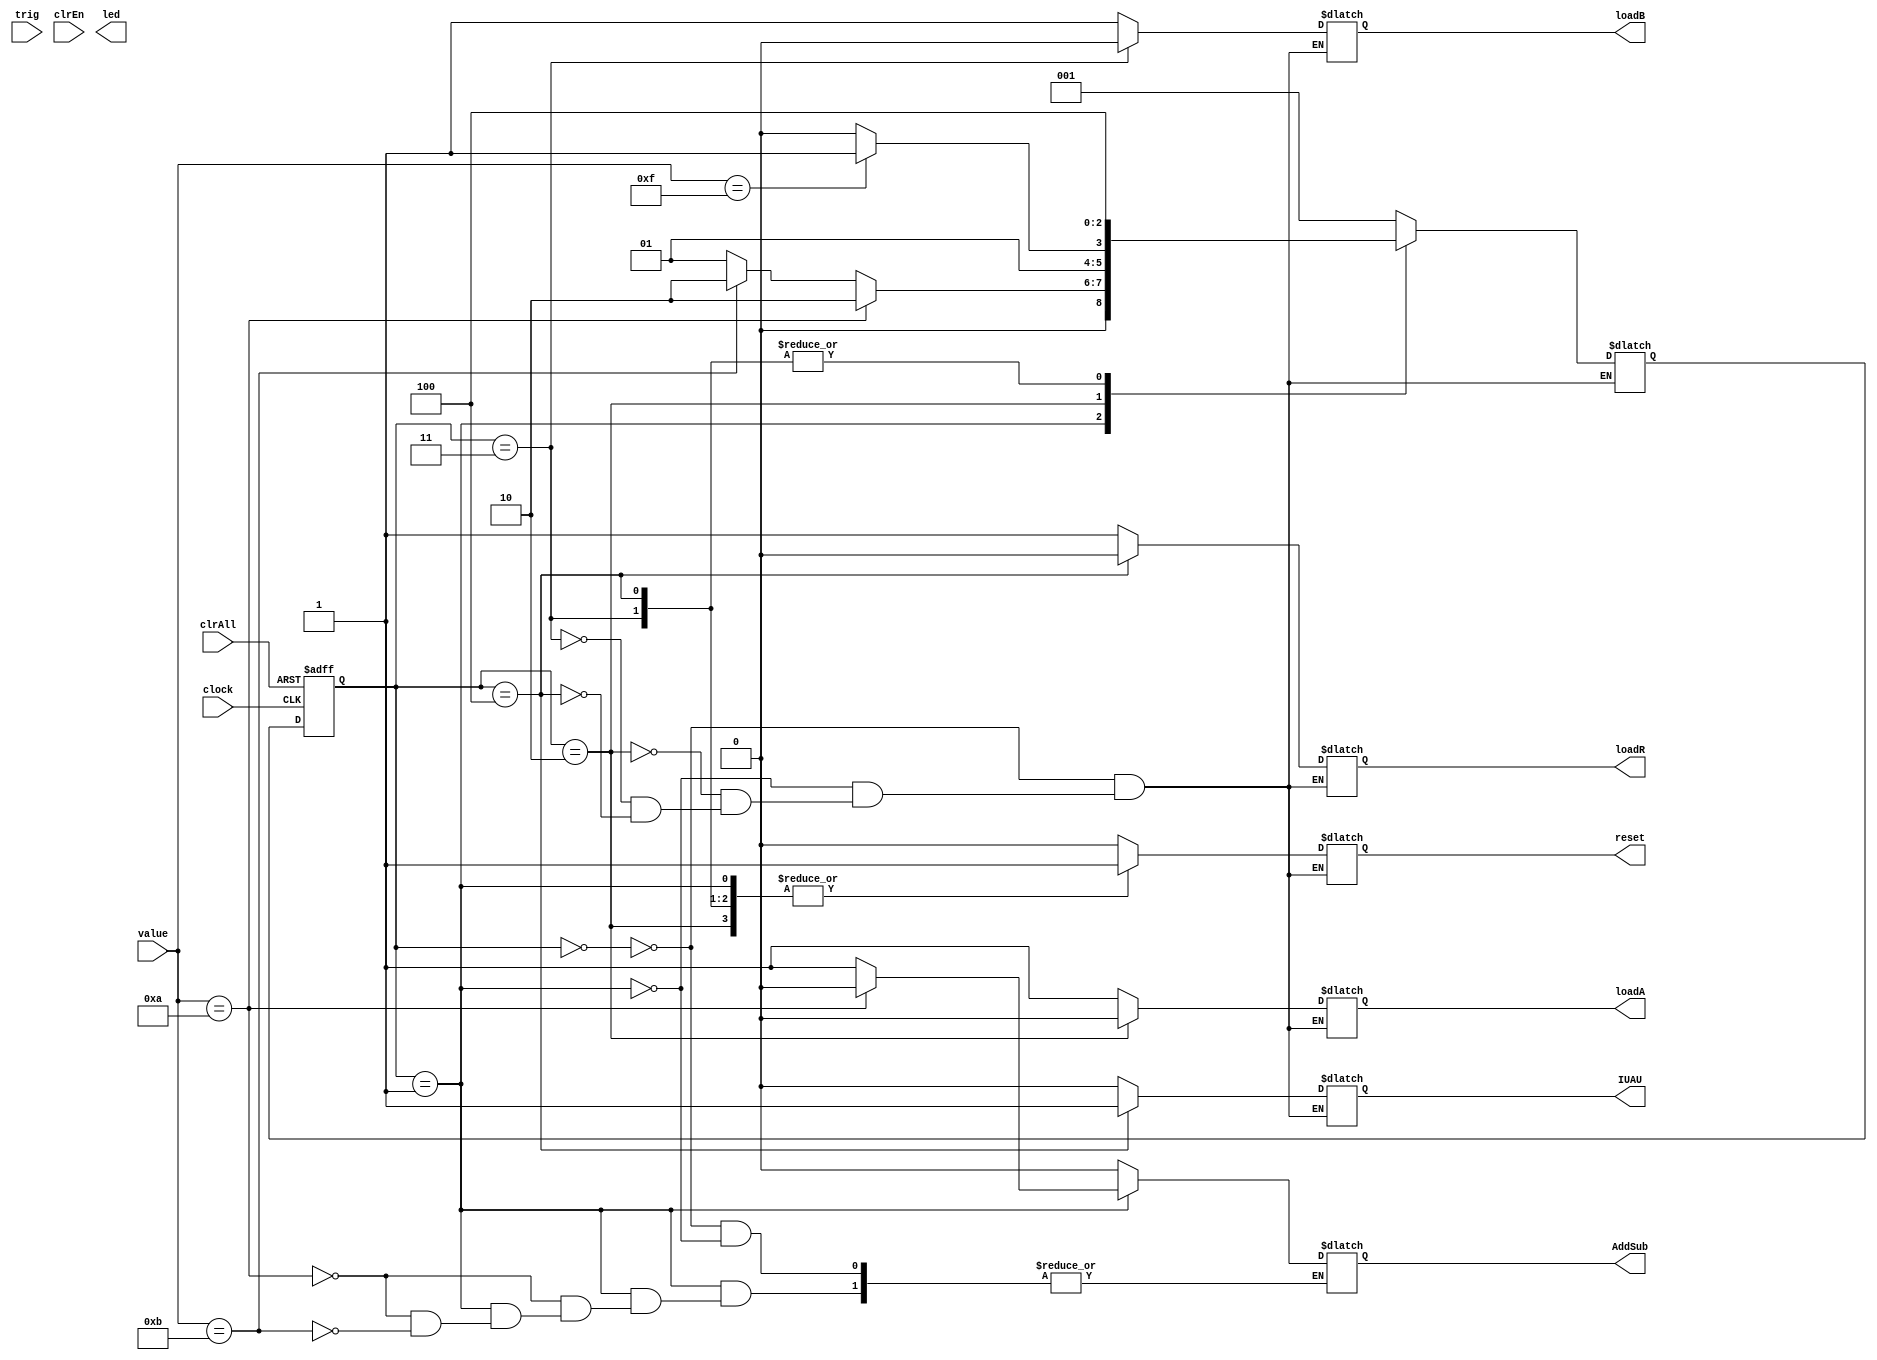
// Lab 12 Control Unit
module ControlUnit
(
	input trig, clock, clrEn, clrAll,
	input [3:0]value,
	output [2:0]led,
	output reg reset, IUAU,
	output reg loadA,loadB, AddSub,loadR
	
	
);
	reg[2:0] state, nextstate;
	parameter S0 = 3'b000, S1 = 3'b001, S2 = 3'b010, S3 = 3'b011, S4 = 3'b100;
	//assign led = state;
//wire slowClk;
/*divideXn #(2500000,32) clock_div_inst
	(
	.CLOCK(clock), 
	.CLEAR(clrEn & clrAll),// COUNT is defined as a M-bit register
	.OUT(slowClk)
	);
	
EdgeDetect Edge
(
	.in(trig),
	.clock(slowClk),
	.out(next)
);*/

// out = ~in & in_delay

	always @ (negedge clock, negedge clrAll)
		if (clrAll == 0) state <= S0;
			else
				state <= nextstate;
	//always @ (negedge clrEn)
		//if (clrEn == 0) 
	always @ (state, value) 
		case (state)
		S0: 
		begin
			nextstate <= S1;
			reset <= 0;
			loadA <= 1;
			loadB <= 1;
			loadR <= 1;
			IUAU <= 0;
			AddSub <= 0;
		end
		S1: begin
		reset <= 1;
			loadA <= 1;
			loadB <= 1;
			loadR <= 1;
			IUAU <= 0;
			if (value == 4'hA) begin AddSub = 0; nextstate <= S2;end 
			else if(value == 4'hB) begin AddSub = 1; nextstate <= S2;end
			else nextstate <= S1;
			
			end
		S2: 
		begin
			if (value == 4'hF) nextstate <= S3; else nextstate <= S2;
			
			reset <= 1;
			loadA <= 0;
			loadB <= 1;
			loadR <= 1;
			IUAU <= 0;
		end
		S3: begin
			nextstate <= S4;
			reset <= 1;
			loadA <= 1;
			loadB <= 0;
			loadR <= 1;
			IUAU <= 0;
			end
		S4: 
		begin
			nextstate <= S4;
			reset <= 1;
			loadA <= 1;
			loadB <= 1;
			loadR <= 0;
			IUAU <= 1;
		end
		endcase
endmodule